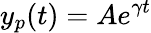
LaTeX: y_{p}(t)=Ae^{\gamma t}